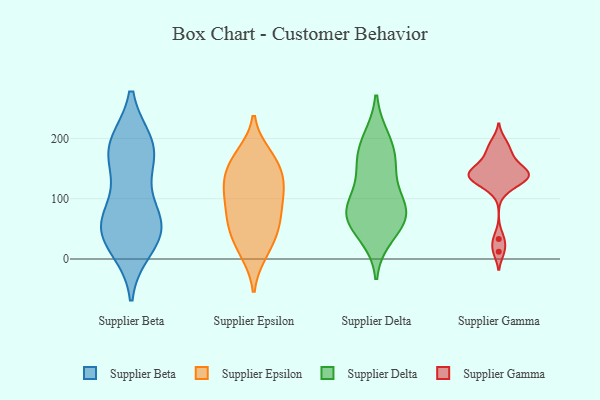
{"axis": {"x": "Tickets Resolved", "y": "Value"}, "legend": ["Supplier Beta", "Supplier Delta", "Supplier Epsilon", "Supplier Gamma"], "data": [{"x": "", "y": 85, "type": "Supplier Beta"}, {"x": "", "y": 178, "type": "Supplier Beta"}, {"x": "", "y": 185, "type": "Supplier Beta"}, {"x": "", "y": 58, "type": "Supplier Beta"}, {"x": "", "y": 49, "type": "Supplier Beta"}, {"x": "", "y": 32, "type": "Supplier Beta"}, {"x": "", "y": 188, "type": "Supplier Beta"}, {"x": "", "y": 190, "type": "Supplier Beta"}, {"x": "", "y": 56, "type": "Supplier Beta"}, {"x": "", "y": 57, "type": "Supplier Beta"}, {"x": "", "y": 149, "type": "Supplier Beta"}, {"x": "", "y": 19, "type": "Supplier Beta"}, {"x": "", "y": 85, "type": "Supplier Epsilon"}, {"x": "", "y": 172, "type": "Supplier Epsilon"}, {"x": "", "y": 55, "type": "Supplier Epsilon"}, {"x": "", "y": 164, "type": "Supplier Epsilon"}, {"x": "", "y": 56, "type": "Supplier Epsilon"}, {"x": "", "y": 115, "type": "Supplier Epsilon"}, {"x": "", "y": 144, "type": "Supplier Epsilon"}, {"x": "", "y": 163, "type": "Supplier Epsilon"}, {"x": "", "y": 116, "type": "Supplier Epsilon"}, {"x": "", "y": 113, "type": "Supplier Epsilon"}, {"x": "", "y": 16, "type": "Supplier Epsilon"}, {"x": "", "y": 46, "type": "Supplier Epsilon"}, {"x": "", "y": 11, "type": "Supplier Epsilon"}, {"x": "", "y": 127, "type": "Supplier Epsilon"}, {"x": "", "y": 74, "type": "Supplier Epsilon"}, {"x": "", "y": 72, "type": "Supplier Delta"}, {"x": "", "y": 183, "type": "Supplier Delta"}, {"x": "", "y": 198, "type": "Supplier Delta"}, {"x": "", "y": 84, "type": "Supplier Delta"}, {"x": "", "y": 83, "type": "Supplier Delta"}, {"x": "", "y": 40, "type": "Supplier Delta"}, {"x": "", "y": 149, "type": "Supplier Delta"}, {"x": "", "y": 66, "type": "Supplier Delta"}, {"x": "", "y": 153, "type": "Supplier Delta"}, {"x": "", "y": 81, "type": "Supplier Delta"}, {"x": "", "y": 132, "type": "Supplier Gamma"}, {"x": "", "y": 170, "type": "Supplier Gamma"}, {"x": "", "y": 143, "type": "Supplier Gamma"}, {"x": "", "y": 159, "type": "Supplier Gamma"}, {"x": "", "y": 181, "type": "Supplier Gamma"}, {"x": "", "y": 135, "type": "Supplier Gamma"}, {"x": "", "y": 116, "type": "Supplier Gamma"}, {"x": "", "y": 145, "type": "Supplier Gamma"}, {"x": "", "y": 142, "type": "Supplier Gamma"}, {"x": "", "y": 33, "type": "Supplier Gamma"}, {"x": "", "y": 143, "type": "Supplier Gamma"}, {"x": "", "y": 127, "type": "Supplier Gamma"}, {"x": "", "y": 12, "type": "Supplier Gamma"}, {"x": "", "y": 195, "type": "Supplier Gamma"}]}